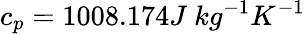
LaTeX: c_{p}=1008.174J\ kg^{-1}K^{-1}